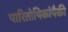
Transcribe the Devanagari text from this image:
पारितोषिकांपैकी